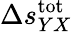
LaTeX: \Delta s_{YX}^{\mathrm{tot}}